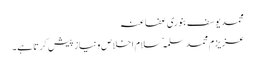
محمد یوسف بنوری عفاعنہ
عزیزم محمد سلمہٗ سلامِ اخلاص ونیاز پیش کرتا ہے۔